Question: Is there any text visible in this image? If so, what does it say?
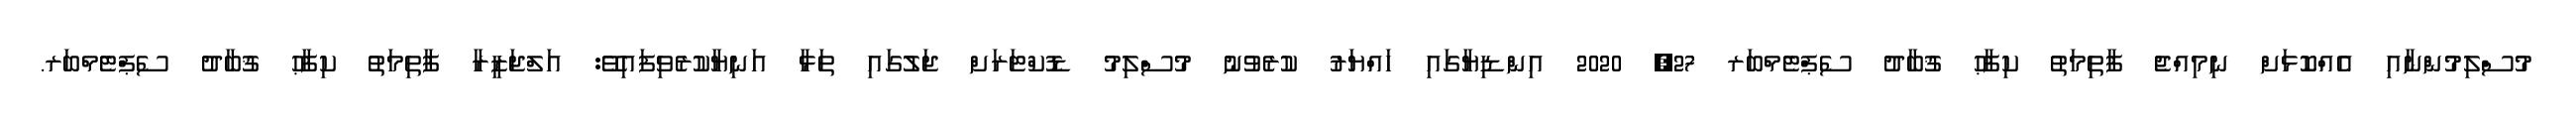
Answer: މުސްލިމުންނާއި އެއްކޮޅަށް ނިމިއްޖެ ފާތިމަތު ކިފާޙު ޤުބާދު ސެޕްޓެމްބަރ 27, 2020 އިންޑިޔާގައި ހައްޔަރު ކުރެވުނު މުސްލިމު ޑޮކްޓަރަށް ޖަލުގައި ތަޅާ އަނިޔާކުރެވިފައިވޭ: އަލްޖަޒީރާ ފާތިމަތު ކިފާޙު ޤުބާދު ސެޕްޓެމްބަރ.